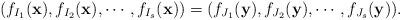
LaTeX: \begin{align*} (f_{I_1}(\mathbf{x}),f_{I_2}(\mathbf{x}),\cdots,f_{I_s}(\mathbf{x}))=(f_{J_1}(\mathbf{y}),f_{J_2}(\mathbf{y}),\cdots,f_{J_s}(\mathbf{y})).\end{align*}